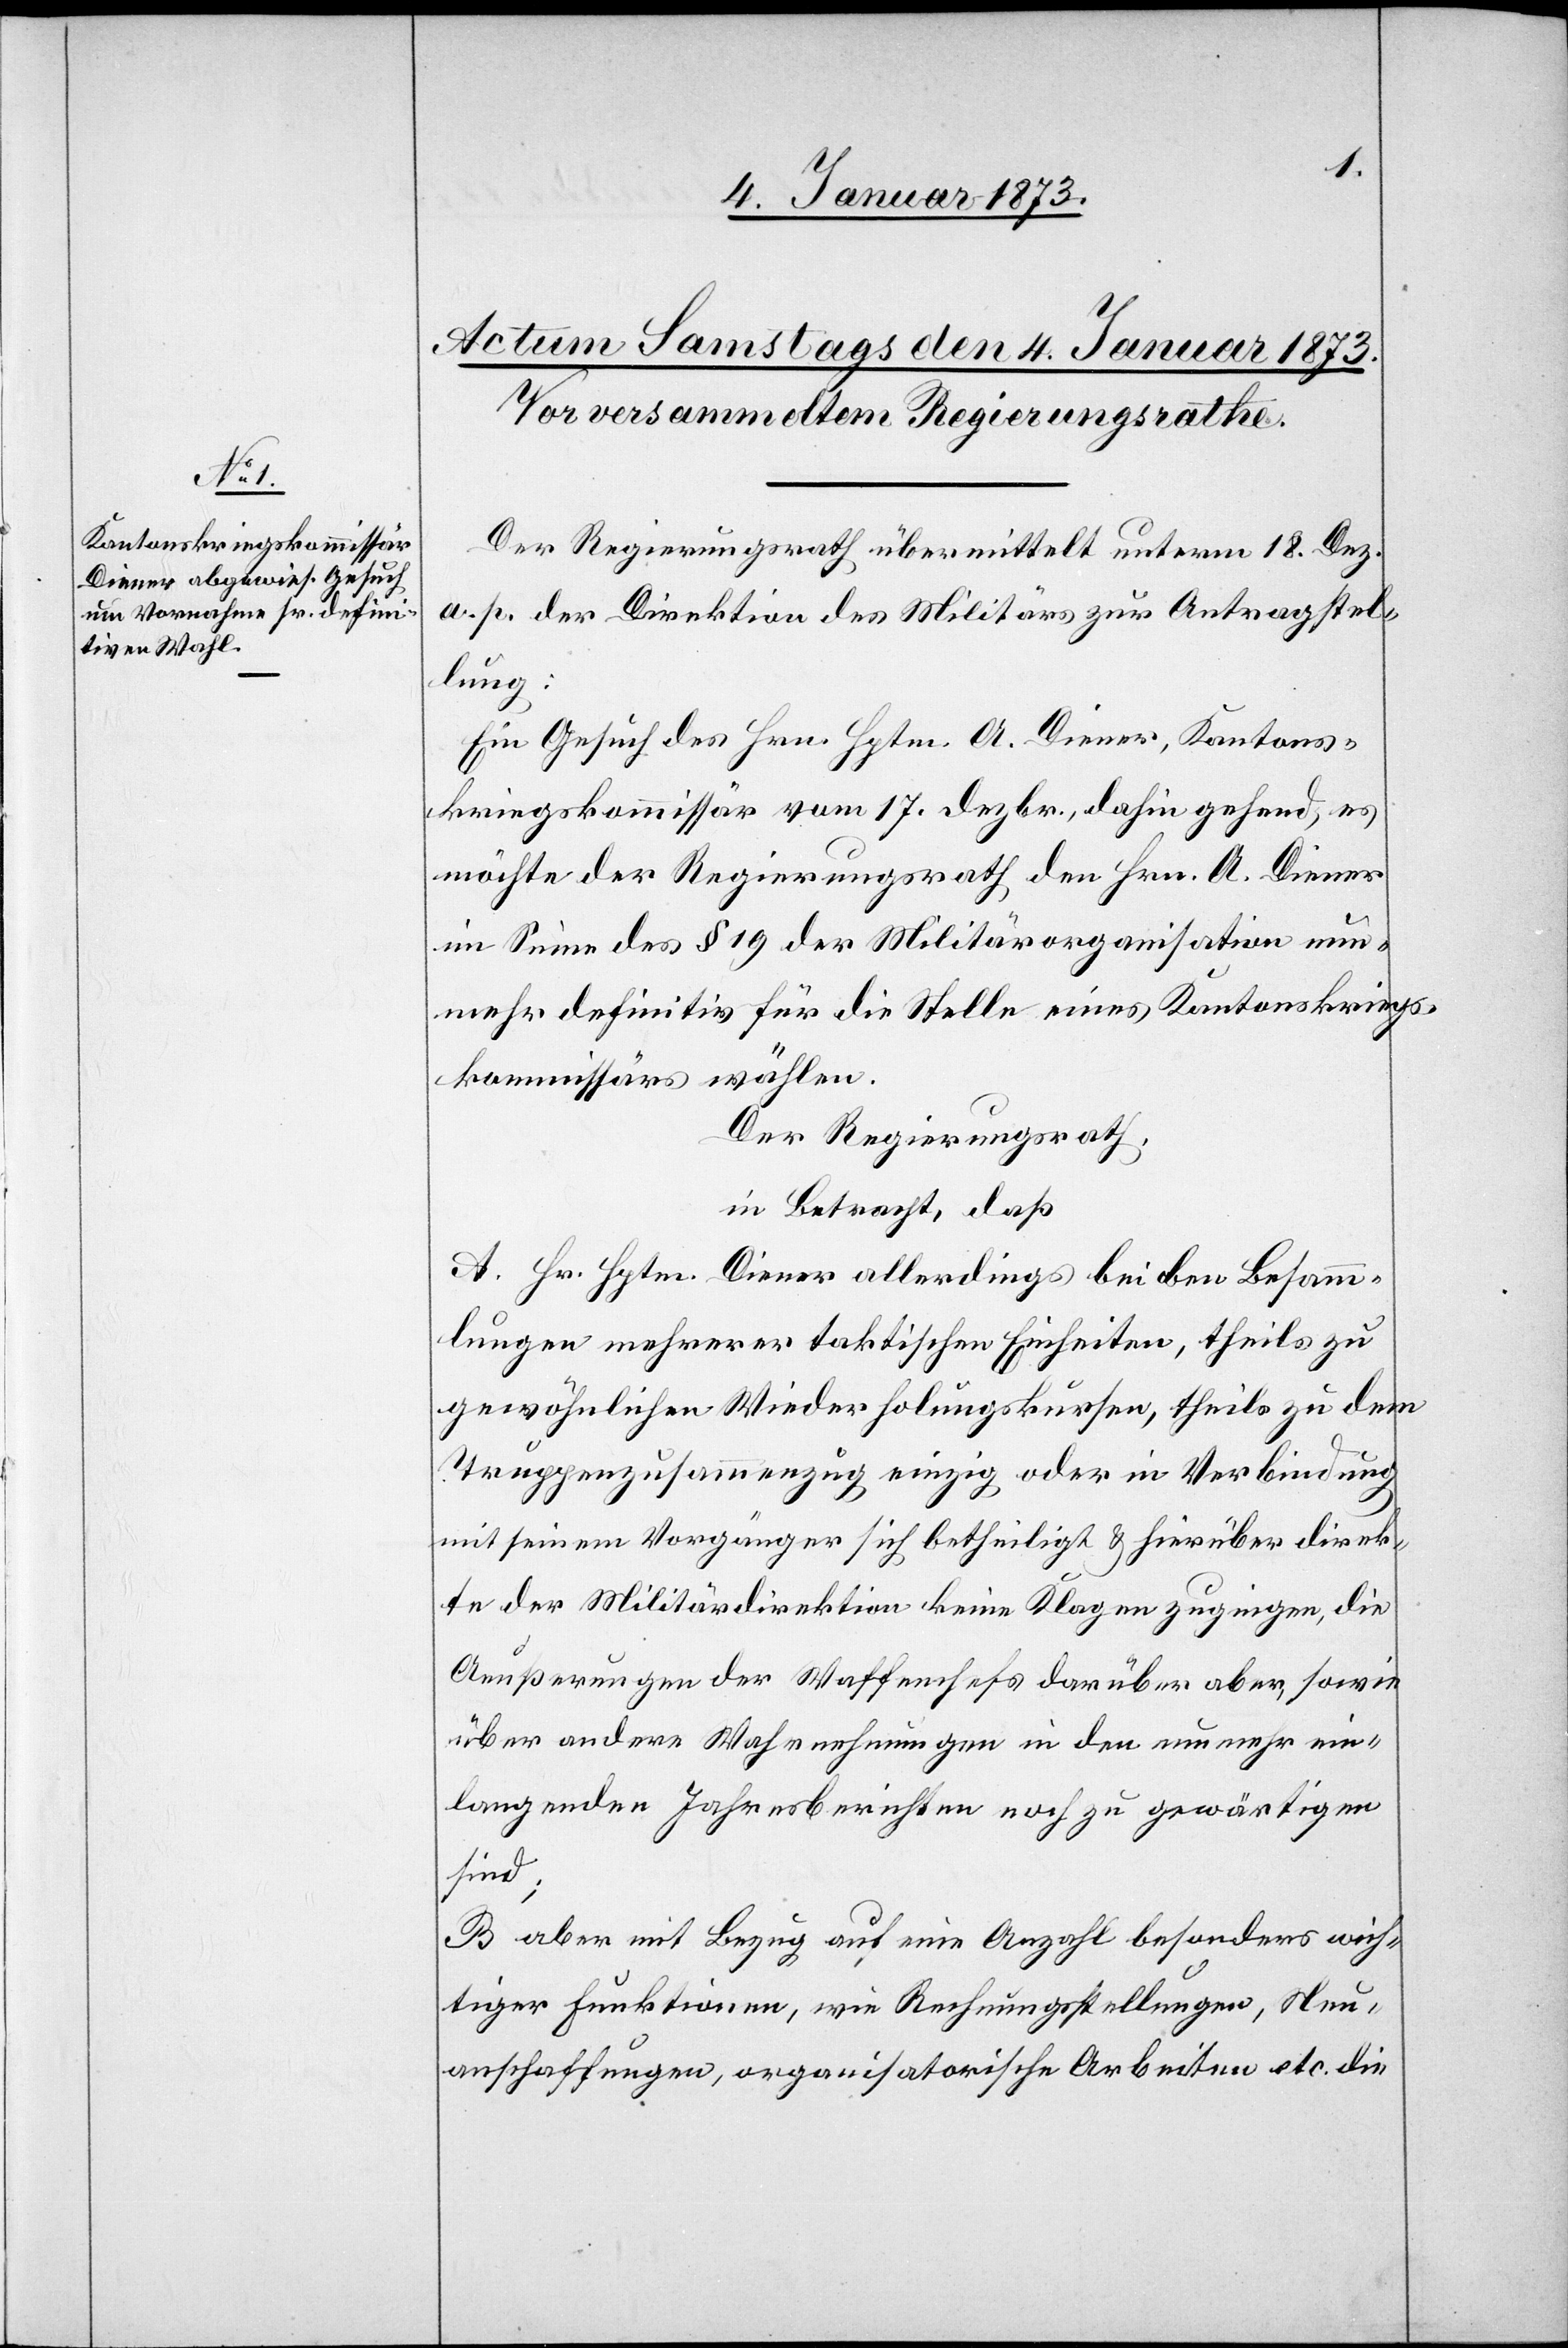
Der Regierungsrath übermittelt unterm 18. Dez.
a. p. der Direktion des Militärs zur Antragstel¬
lung:
Ein Gesuch des Hrn. Hptm. A. Diener, Kantons¬
kriegskommissär vom 17. Dezbr., dahin gehend, es
möchte der Regierungsrath den Hrn. A. Diener
im Sinne des § 19 der Militärorganisation nun¬
mehr definitiv für die Stelle eines Kantonskriegs¬
kommissärs wählen.
Der Regierungsrath,
in Betracht, daß
A. Hr. Hptm. Diener allerdings bei den Besamm¬
lungen mehrerer taktischen Einheiten, theils zu
gewöhnlichen Wiederholungskursen, theils zu dem
Truppenzusammenzug einzig oder in Verbindung
mit seinem Vorgänger sich betheiligt u. hierüber direk¬
te der Militärdirektion keine Klagen zugingen, die
Aeußerungen der Waffenchefs darüber aber, sowie
über andere Wahrnehmungen in den nunmehr ein¬
langenden Jahresberichten noch zu gewärtigen
sind;
B. aber mit Bezug auf eine Anzahl besonders wich¬
tiger Funktionen, wie Rechnungsstellungen, Neu¬
anschaffungen, organisatorische Arbeiten etc. die